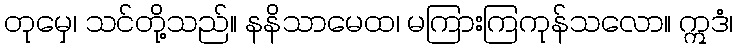
တုမှေ၊ သင်တို့သည်။ နနိသာမေထ၊ မကြားကြကုန်သလော။ ဣဒံ၊